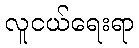
လူငယ်ရေးရာ